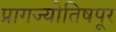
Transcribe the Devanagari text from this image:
प्रागज्योतिषपूर